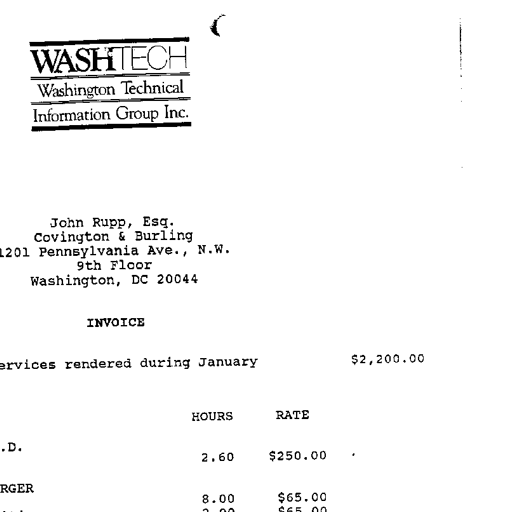
Transcript:
WASHTECH
Washington Technical
Information Group Inc.
John Rupp, Esq.
Covington & Burling
1201 Pennsylvania Ave., N.W.
9th Floor
Washington, DC 20044
INVOICE
services rendered during January
$2,200.00
HOURS RATE
.D.
2.60 $250.00
RGER
8.00 $65.00